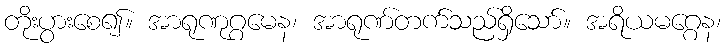
တိုးပွားစေ၍။ အာရုဏုဂ္ဂမေန၊ အာရုဏ်တက်သည်ရှိသော်။ အရိယမဂ္ဂေန၊